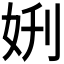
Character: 𫰘